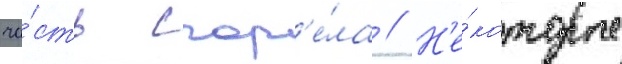
ча́сть сгор'е́ла // Н'е́которые